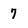
Character: 7